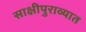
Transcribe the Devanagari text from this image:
साक्षीपुराव्यात